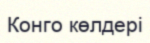
Конго көлдері